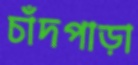
চাঁদপাড়া